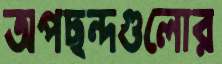
অপছন্দগুলোর